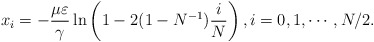
\begin{align*} x_i= -\frac{\mu\varepsilon}{\gamma}\ln\left(1-2(1-N^{-1})\frac{i}{N}\right),i=0,1,\cdots, N/2.\end{align*}